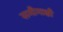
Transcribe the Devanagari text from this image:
समीमाक्षी